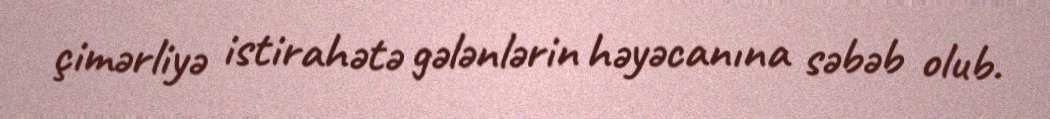
çimərliyə istirahətə gələnlərin həyəcanına səbəb olub.